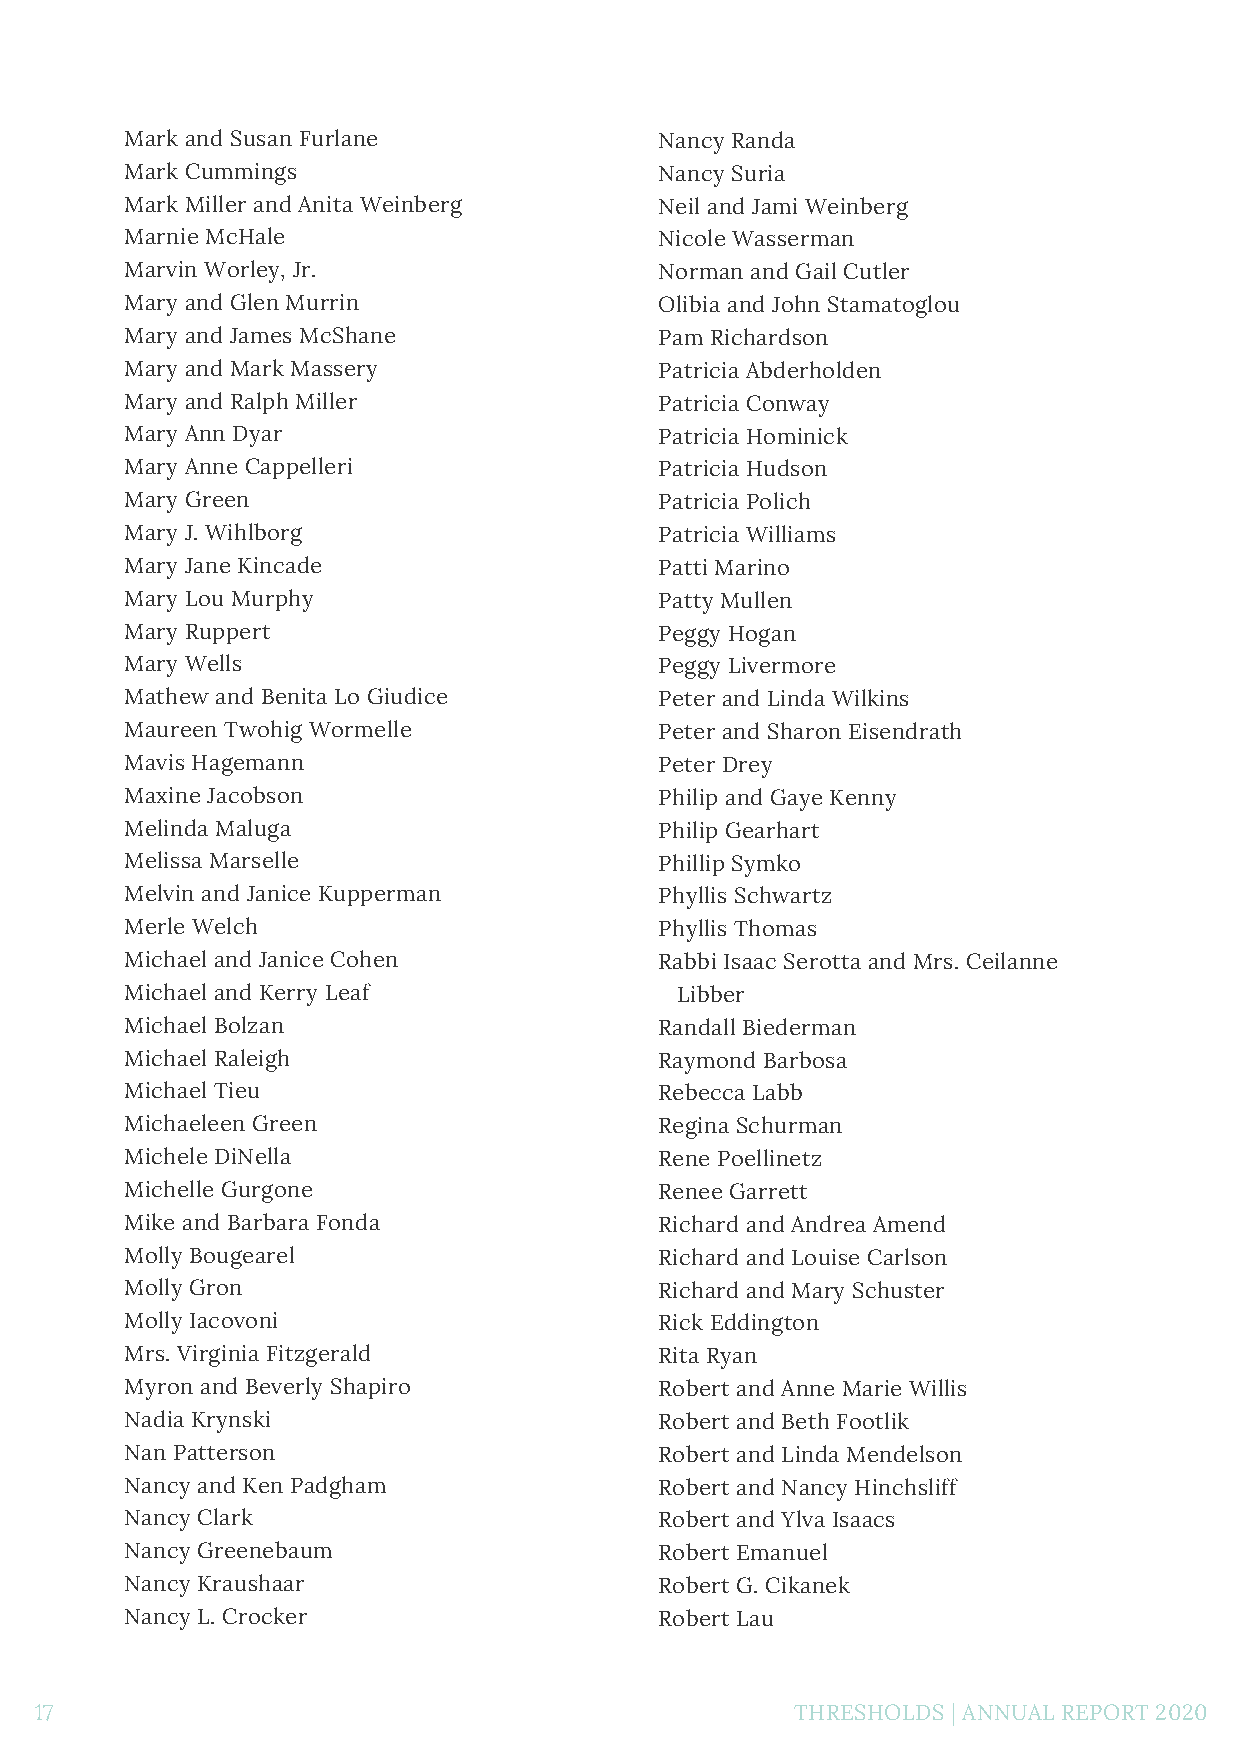
Mark and Susan Furlane              Nancy Randa
 Mark Cummings                       Nancy Suria
 Mark Miller and Anita Weinberg      Neil and Jami Weinberg
 Marnie McHale                       Nicole Wasserman
 Marvin Worley, Jr.                  Norman and Gail Cutler
 Mary and Glen Murrin                Olibia and John Stamatoglou
 Mary and James McShane              Pam Richardson
 Mary and Mark Massery               Patricia Abderholden
 Mary and Ralph Miller               Patricia Conway
 Mary Ann Dyar                       Patricia Hominick
 Mary Anne Cappelleri                Patricia Hudson
 Mary Green                          Patricia Polich
 Mary J. Wihlborg                    Patricia Williams
 Mary Jane Kincade                   Patti Marino
 Mary Lou Murphy                     Patty Mullen
 Mary Ruppert                        Peggy Hogan
 Mary Wells                          Peggy Livermore
 Mathew and Benita Lo Giudice        Peter and Linda Wilkins
 Maureen Twohig Wormelle             Peter and Sharon Eisendrath
 Mavis Hagemann                      Peter Drey
 Maxine Jacobson                     Philip and Gaye Kenny
 Melinda Maluga                      Philip Gearhart
 Melissa Marselle                    Phillip Symko
 Melvin and Janice Kupperman         Phyllis Schwartz
 Merle Welch                         Phyllis Thomas
 Michael and Janice Cohen            Rabbi Isaac Serotta and Mrs. Ceilanne
 Michael and Kerry Leaf               Libber
 Michael Bolzan                      Randall Biederman
 Michael Raleigh                     Raymond Barbosa
 Michael Tieu                        Rebecca Labb
 Michaeleen Green                    Regina Schurman
 Michele DiNella                     Rene Poellinetz
 Michelle Gurgone                    Renee Garrett
 Mike and Barbara Fonda              Richard and Andrea Amend
 Molly Bougearel                     Richard and Louise Carlson
 Molly Gron                          Richard and Mary Schuster
 Molly Iacovoni                      Rick Eddington
 Mrs. Virginia Fitzgerald            Rita Ryan
 Myron and Beverly Shapiro           Robert and Anne Marie Willis
 Nadia Krynski                       Robert and Beth Footlik
 Nan Patterson                       Robert and Linda Mendelson
 Nancy and Ken Padgham               Robert and Nancy Hinchsliff
 Nancy Clark                         Robert and Ylva Isaacs
 Nancy Greenebaum                    Robert Emanuel
 Nancy Kraushaar                     Robert G. Cikanek
 Nancy L. Crocker                    Robert Lau
 17                                                 THRESHOLDS | ANNUAL REPORT 2020